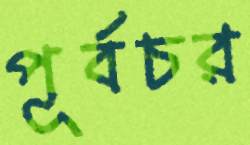
পূর্বচর